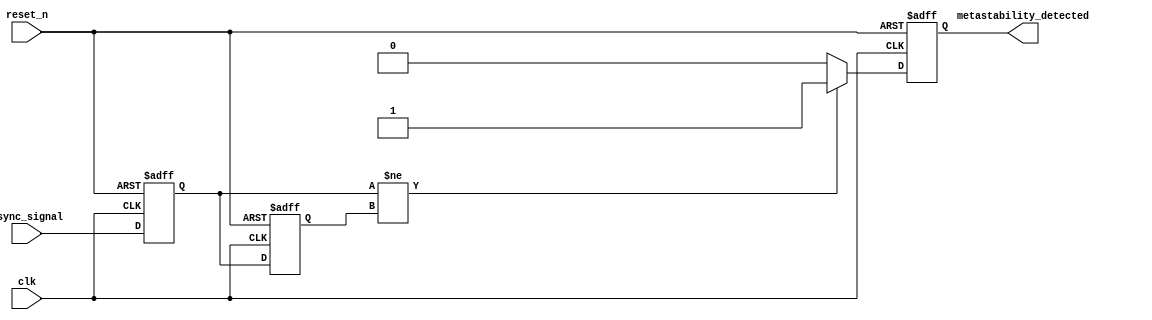
module metastability_detector (
    input wire clk,               // Clock signal
    input wire reset_n,           // Active low reset signal
    input wire async_signal,       // Asynchronous input signal
    output reg metastability_detected // Output flag for metastability detection
);

  reg flip_flop_1;               // Output of the first flip-flop
  reg flip_flop_2;               // Output of the second flip-flop

  // Flip-flop 1: Sample the asynchronous signal on the rising edge of clk
  always @(posedge clk or negedge reset_n) begin
      if (!reset_n) begin
          flip_flop_1 <= 1'b0;    // Reset flip-flop 1
      end else begin
          flip_flop_1 <= async_signal;
      end
  end

  // Flip-flop 2: Sample the output of flip-flop 1 on the next clock edge
  always @(posedge clk or negedge reset_n) begin
      if (!reset_n) begin
          flip_flop_2 <= 1'b0;    // Reset flip-flop 2
      end else begin
          flip_flop_2 <= flip_flop_1;
      end
  end

  // Combinational logic to detect metastability
  always @(posedge clk or negedge reset_n) begin
      if (!reset_n) begin
          metastability_detected <= 1'b0; // Clear the detection flag on reset
      end else begin
          // Check if the outputs of the two flip-flops differ
          if (flip_flop_1 != flip_flop_2) begin
              metastability_detected <= 1'b1; // Metastability detected
          end else begin
              metastability_detected <= 1'b0; // No metastability
          end
      end
  end

endmodule